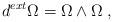
LaTeX: \begin{align*}d^{ext} \Omega = \Omega \wedge \Omega\;,\end{align*}